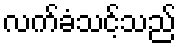
လက်ခံသင့်သည်